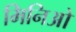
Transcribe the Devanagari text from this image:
मिनिओ